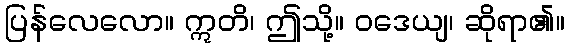
ပြန်လေလော။ ဣတိ၊ ဤသို့။ ဝဒေယျ၊ ဆိုရာ၏။